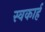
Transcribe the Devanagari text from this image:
स्वकार्ह